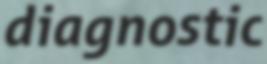
diagnostic